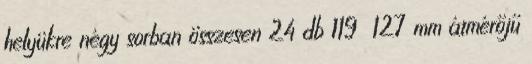
helyükre négy sorban összesen 24 db 119 127 mm átmérőjű